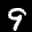
Label: 9